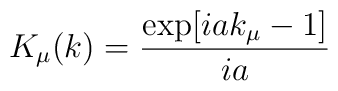
K_{\mu}(k)= \frac{ \exp[iak_{\mu}-1]}{ia}